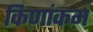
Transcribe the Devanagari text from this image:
किणांकम